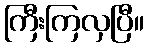
ကြီးကြလှပြီ။